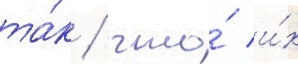
та́к / что́ и́х